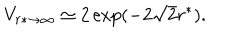
LaTeX: V _ { r * \to \infty } \simeq 2 \exp ( - 2 \sqrt 2 r ^ { * } ) .